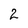
Character: 2